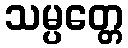
သမ္ပတ္တေ